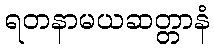
ရတနာမယဆတ္တာနံ